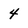
Character: 4